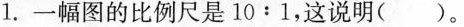
1.一幅图的比例尺是10:1，这说明( )。